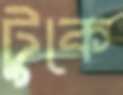
টুকে